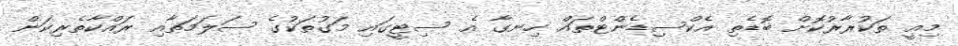
މިއީ ތަކުރާރުކޮށް ބޮޑެތި އެކްސިޑެންޓްތައް ހިނގާ އެ ސިޓީގައި މަގުތަކުގެ ސަލަމަތާއި ރައްކާތެރިކަން